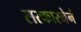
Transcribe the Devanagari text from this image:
सरकारनेनं